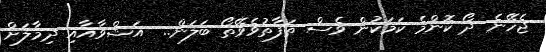
ޖެހޭނެ ދޯ ކޮންމެ ކަމަކުން ވެސް ތަފާތުވެވޭތޯ ބަލަން..  އަޝްވާއާއި ދިމާލަށް